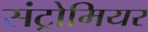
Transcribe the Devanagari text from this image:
संट्रोमियर